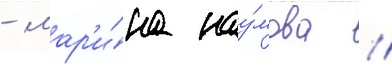
- мар'и́на нау́мова //